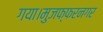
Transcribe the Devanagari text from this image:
गया।मुजफ्फरनगर